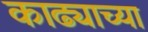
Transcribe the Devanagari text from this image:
काढ्याच्या